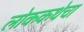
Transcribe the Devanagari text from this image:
लोककथेचा